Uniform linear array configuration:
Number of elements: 12
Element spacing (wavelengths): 0.75
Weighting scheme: exponential
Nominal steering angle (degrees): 60
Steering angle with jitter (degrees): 58.524
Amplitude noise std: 0.05
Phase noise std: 0.05

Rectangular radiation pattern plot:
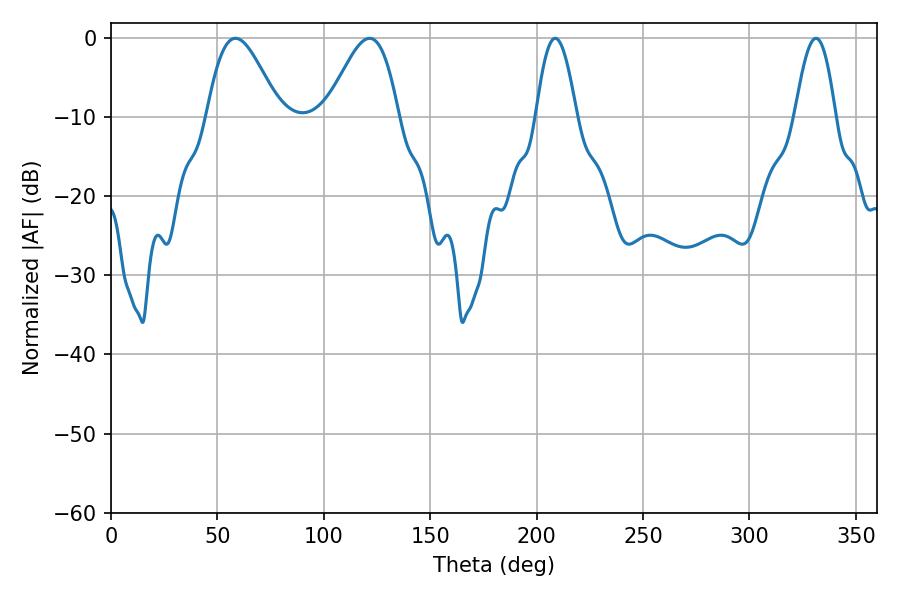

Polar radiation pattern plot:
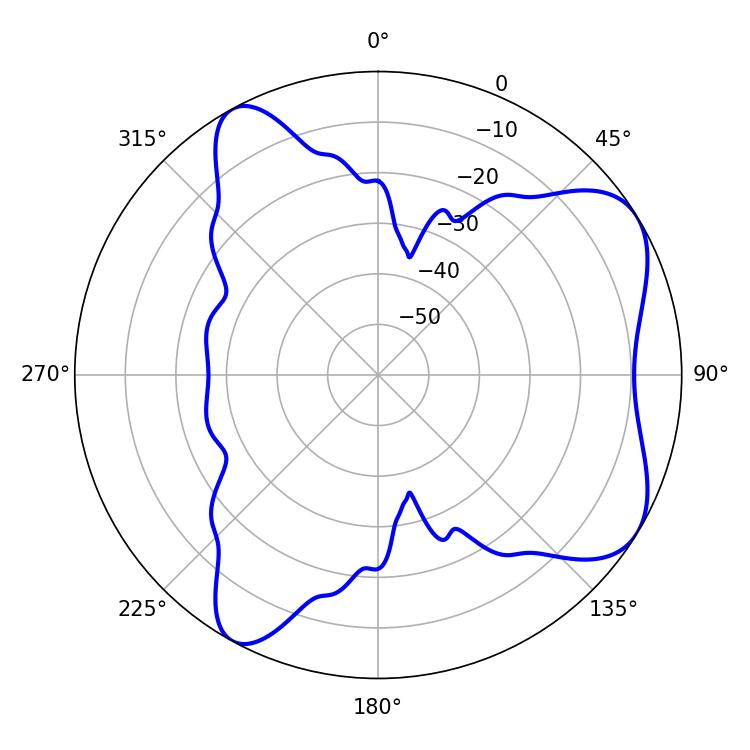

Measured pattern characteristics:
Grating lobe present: TRUE
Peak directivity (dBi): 6.547
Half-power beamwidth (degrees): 18.18
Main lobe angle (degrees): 58.5